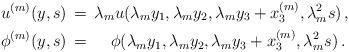
LaTeX: \begin{align*} u^{(m)}(y,s) \,&=\,\lambda_m u(\lambda_m y_1,\lambda_m y_2,\lambda_m y_3+x_3^{(m)}, \lambda_m^2 s)\,, \\ \phi^{(m)}(y,s) \,&=\,\,\,\, \,\,\,\phi(\lambda_m y_1,\lambda_m y_2,\lambda_m y_3+x_3^{(m)},\lambda_m^2 s)\,.\end{align*}